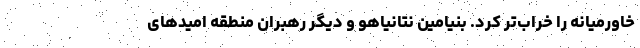
خاورمیانه را خراب‌تر کرد. بنیامین نتانیاهو و دیگر رهبران منطقه امیدهای